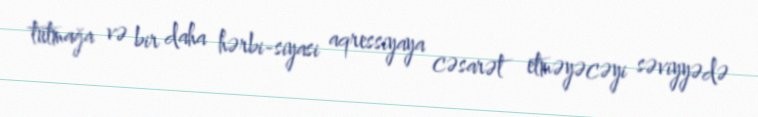
tutmağa və bir daha hərbi-siyasi aqressiyaya cəsarət etməyəcəyi səviyyədə